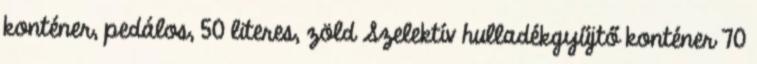
konténer, pedálos, 50 literes, zöld Szelektív hulladékgyűjtő konténer 70